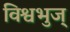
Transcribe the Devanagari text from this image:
विश्वभुज्‌